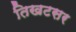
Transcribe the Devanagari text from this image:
तिखटसर